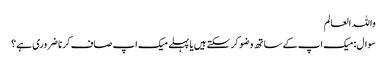
واللہ العالم
سوال:میک اپ کے ساتھ وضو کر سکتے ہیں یا پہلے میک اپ صاف کرنا ضروری ہے؟